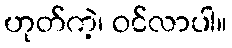
ဟုတ်ကဲ့၊ ဝင်လာပါ။